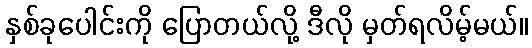
နှစ်ခုပေါင်းကို ပြောတယ်လို့ ဒီလို မှတ်ရလိမ့်မယ်။